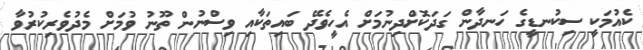
ކެއުމަކީ ސިކުނޑީގެ ހަނދާން ގަދަކޮށްދިނުމަށް އެހީވެދޭ ބައިތަކާއި ވިސްނުން ތޫނު ވުމަށް މެދުވެރިކުރުވާ